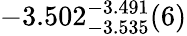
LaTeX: -3.502_{-3.535}^{-3.491}(6)